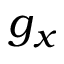
g _ { x }